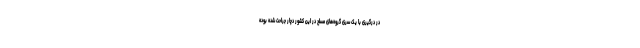
در درگیری با یک سری گروه‌های مسلح در این کشور دچار جراحت شده بوده